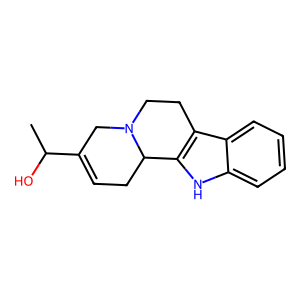
SMILES: CC(O)C1=CCC2c3[nH]c4ccccc4c3CCN2C1
Inhibits HIV replication: No